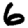
Digit: 6